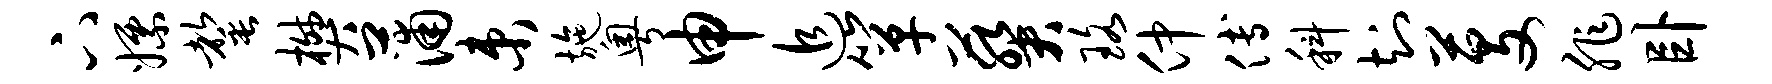
下嫖罄樊蒲束施粤申追箪葵珞仲傅科知芟非卧